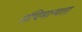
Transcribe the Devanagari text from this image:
संधिमान्यता